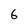
Character: 6